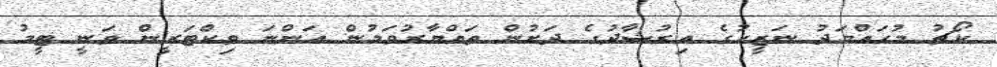
ކޯޗު މުހައްމަދު ނަޒީހުގެ އިރުޝާދުގެ ދަށުން ތައްޔާރުވަމުން އަންނަ ވިކްޓަރީން ވަނީ ޓީމު